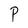
Character: P